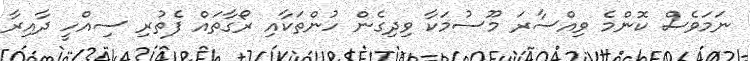
ނަމަވެސް ކޮންމެ ވިއްސާރަ މޫސުމަކާ ވިދިގެން ހުންތަކާއި ރޯގާތައް ފެތުރި ސިއްހީ ދާއިރާ